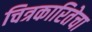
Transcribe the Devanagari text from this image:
चित्रकारितेचा